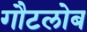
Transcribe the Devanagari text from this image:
गौटलोब